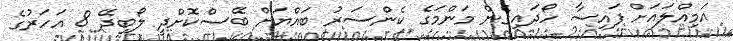
އަމިއްލައަށް ފައިސާ ހޯދައިގެން މަންމަގެ ކެންސަރު ބައްޔަށް ބޭސްކޮށްދީ ލޯބިދޭ 8 އަހަރުގެ